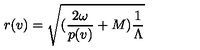
r ( v ) = \sqrt { ( \frac { 2 \omega } { p ( v ) } + M ) \frac { 1 } { \Lambda } }